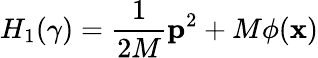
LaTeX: H_{1}(\gamma)=\frac{1}{2M}\mathbf{p}^{2}+M\phi(\mathbf{x})